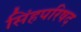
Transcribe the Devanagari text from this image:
सिंहपरिषद